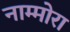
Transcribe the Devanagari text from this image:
नाम्मोरा